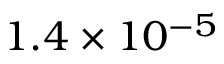
1 . 4 \times 1 0 ^ { - 5 }